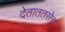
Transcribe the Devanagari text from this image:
देताततसेच